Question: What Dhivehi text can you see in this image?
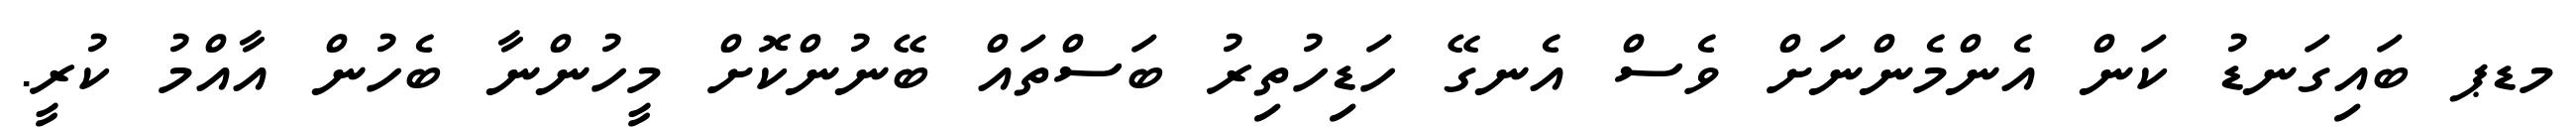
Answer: މޑޕ ބައިގަނޑު ކަން އެންމެންނަށް ވެސް އެނގޭ ހަޑިހުތިރު ބަސްތައް ބޭނުންކޮށް މީހުންނާ ބެހުން އާއްމު ކުރީ.